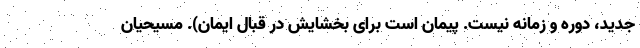
جدید، دوره و زمانه نیست. پیمان است برای بخشایش در قبال ایمان). مسیحیان